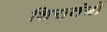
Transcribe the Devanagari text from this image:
शिरातंत्रों